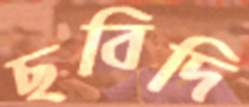
ছবিদি